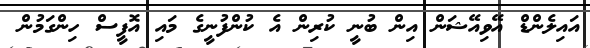
އައިލެންޑް އޭވިއޭޝަން އިން ބުނީ ކުރިން އެ ކުންފުނީގެ މައި އޮފީސް ހިންގަމުން